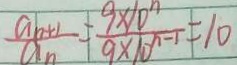
\frac { a _ { n } + 1 } { a _ { n } } = \frac { 9 \times 1 0 ^ { n } } { 9 \times 1 0 ^ { n - 1 } } = 1 0